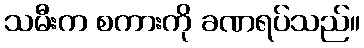
သမီးက စကားကို ခဏရပ်သည်။